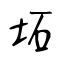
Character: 坧